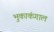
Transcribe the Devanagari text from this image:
भुकाकंगाल